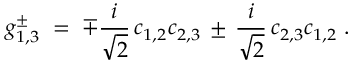
g _ { 1 , 3 } ^ { \pm } \; = \; \mp \frac { i } { \sqrt { 2 } } \, c _ { 1 , 2 } c _ { 2 , 3 } \, \pm \, \frac { i } { \sqrt { 2 } } \, c _ { 2 , 3 } c _ { 1 , 2 } \; .